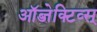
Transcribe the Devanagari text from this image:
ऑब्जेक्टिव्स्